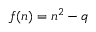
f ( n ) = n ^ { 2 } - q